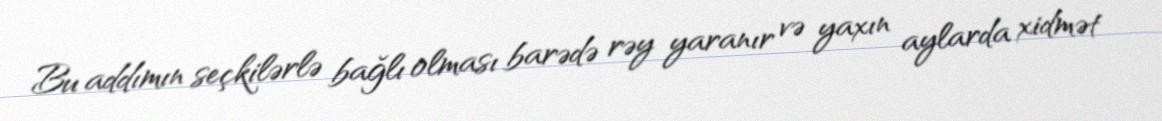
Bu addımın seçkilərlə bağlı olması barədə rəy yaranır və yaxın aylarda xidmət